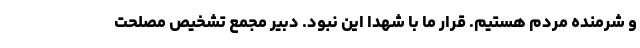
و شرمنده مردم هستیم. قرار ما با شهدا این نبود. دبیر مجمع تشخیص مصلحت